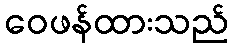
ဝေဖန်ထားသည်